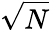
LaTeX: \sqrt{N}